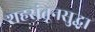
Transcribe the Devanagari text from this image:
शहरांतूनसुद्धा